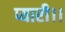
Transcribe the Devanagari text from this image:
प्यारी।।